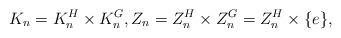
LaTeX: \begin{align*}K_n=K_n^H\times K_n^G,Z_n=Z_n^H\times Z_n^G = Z_n^H \times \{e\},\end{align*}